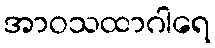
အာဝသထာဂါရေ